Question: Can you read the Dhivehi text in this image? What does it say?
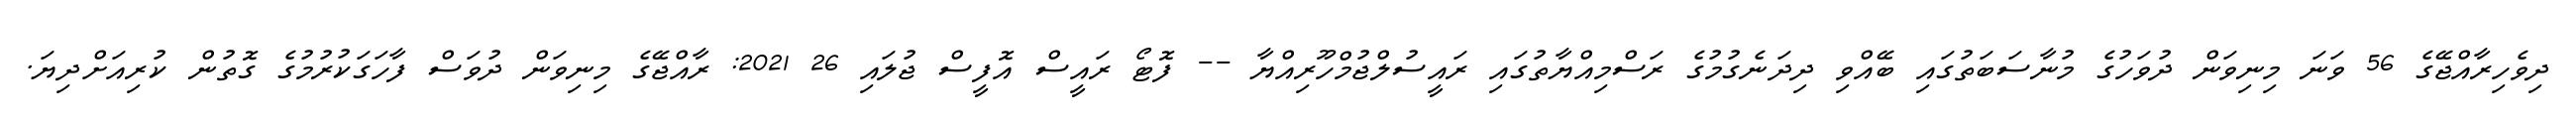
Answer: ދިވެހިރާއްޖޭގެ 56 ވަނަ މިނިވަން ދުވަހުގެ މުނާސަބަތުގައި ބޭއްވި ދިދަނެގުމުގެ ރަސްމިއްޔާތުގައި ރައީސުލްޖުމްހޫރިއްޔާ -- ފޮޓޯ ރައީސް އޮފީސް ޖުލައި 26 2021: ރާއްޖޭގެ މިނިވަން ދުވަސް ފާހަގަކުރުމުގެ ގޮތުން ކުރިއަށްދިޔަ.